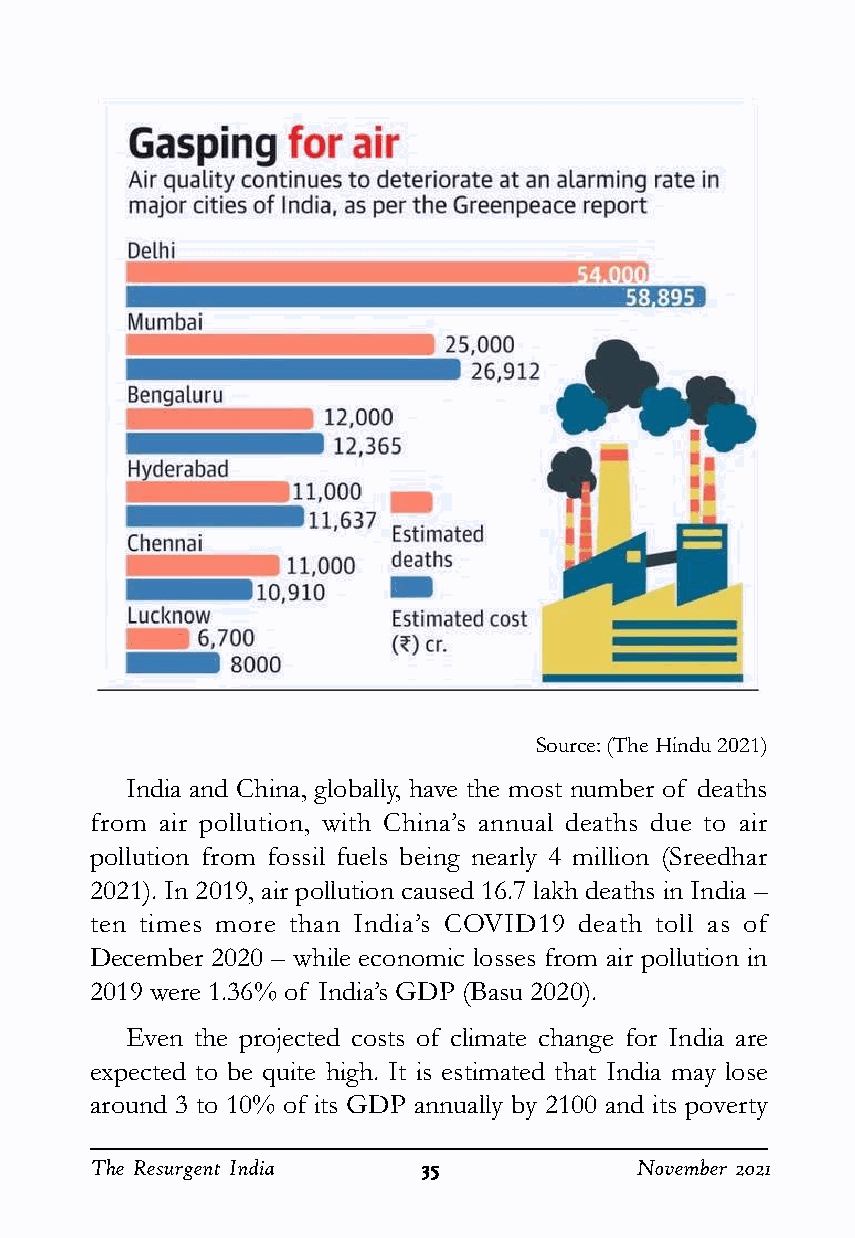
Source: (The Hindu 2021)
 India and China, globally, have the most number of deaths
 from air pollution, with China’s annual deaths due to air
 pollution from fossil fuels being nearly 4 million (Sreedhar
 2021). In 2019, air pollution caused 16.7 lakh deaths in India –
 ten times more than India’s COVID19 death toll as of
 December 2020 – while economic losses from air pollution in
 2019 were 1.36% of India’s GDP (Basu 2020).
 Even the projected costs of climate change for India are
 expected to be quite high. It is estimated that India may lose
 around 3 to 10% of its GDP annually by 2100 and its poverty
 The Resurgent India   3333355555    November 2021